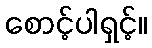
စောင့်ပါရှင့်။